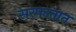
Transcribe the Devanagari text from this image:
सरपटतात